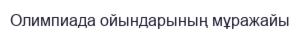
Олимпиада ойындарының мұражайы